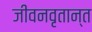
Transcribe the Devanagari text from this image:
जीवनवृतान्त